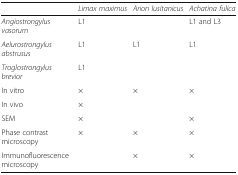
<table><thead><tr><td></td><td><b><i>Limax maximus</i></b></td><td><b><i>Arion lusitanicus</i></b></td><td><b><i>Achatina fulica</i></b></td></tr></thead><tbody><tr><td><i>Angiostrongylus vasorum</i></td><td>L1</td><td></td><td>L1 and L3</td></tr><tr><td><i>Aelurostrongylus abstrusus</i></td><td>L1</td><td>L1</td><td>L1</td></tr><tr><td><i>Troglostrongylus brevior</i></td><td>L1</td><td></td><td></td></tr><tr><td>In vitro</td><td>×</td><td>×</td><td>×</td></tr><tr><td>In vivo</td><td>×</td><td></td><td></td></tr><tr><td>SEM</td><td>×</td><td></td><td>×</td></tr><tr><td>Phase contrast microscopy</td><td>×</td><td>×</td><td>×</td></tr><tr><td>Immunofluorescence microscopy</td><td></td><td>×</td><td>×</td></tr></tbody></table>